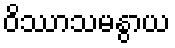
ဝိဿာသမနွာယ